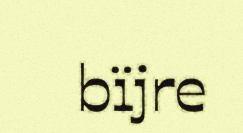
bïjre